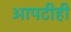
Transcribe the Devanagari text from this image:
आपटीही